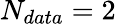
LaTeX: N_{data}=2